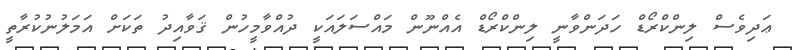
ޢަދިވެސް ލިންކްރޯޑް ހަދަންވާނީ ލިންކްރޯޑް އެއްނޫން މައްސަލައަކީ ދުއްވާމީހުން ޤަވާއިދު ތަކަށް އަމަލުނުކުރާތީ